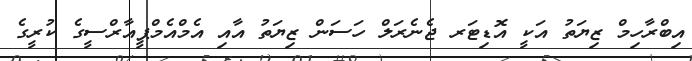
އިބްރާހިމް ޒިޔަތު އަކީ އޮޑިޓަރ ޖެނެރަލް ހަސަން ޒިޔަތު އާއި އެމްއެމްޕީއާރްސީގެ ކުރީގެ